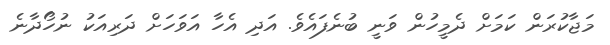
މަޖާކުރަން ކަމަށް ދެމީހުން ވަނީ ބުނެފައެވެ. އަދި އެހާ އަވަހަށް ދަރިއަކު ނުހޯދާނެ